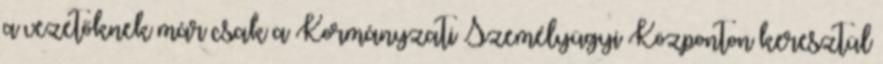
a vezetőknek már csak a Kormányzati Személyügyi Központon keresztül